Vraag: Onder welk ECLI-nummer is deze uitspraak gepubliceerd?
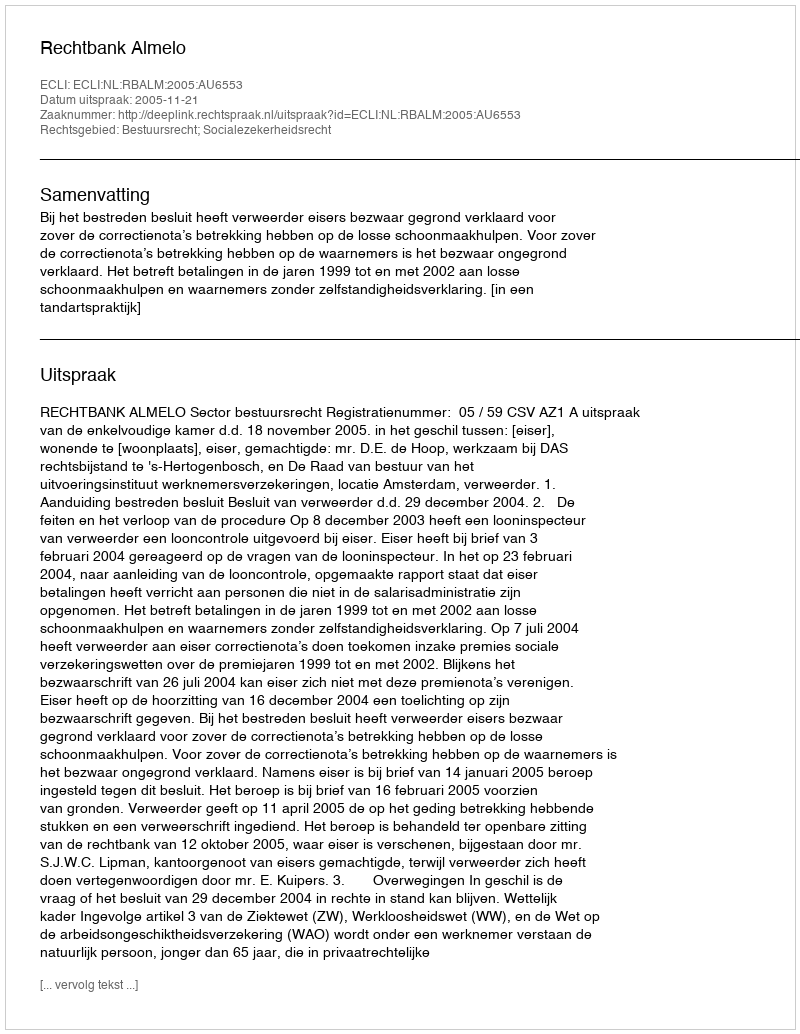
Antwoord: ECLI:NL:RBALM:2005:AU6553